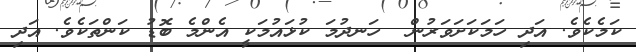
ކަމެކެވެ. އަދި ހަމަކަށަވަރުން  ހަނދުމަ ކުޅައުމަކީ އެންމެ ބޮޑު ކަންތަކެވެ. އަދި